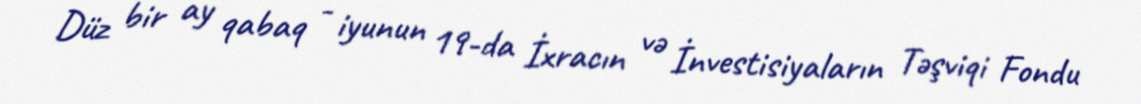
Düz bir ay qabaq - iyunun 19-da İxracın və İnvestisiyaların Təşviqi Fondu